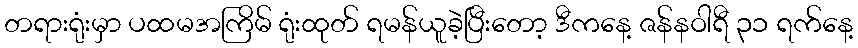
တရားရုံးမှာ ပထမအကြိမ် ရုံးထုတ် ရမန်ယူခဲ့ပြီးတော့ ဒီကနေ့ ဇန်နဝါရီ ၃၁ ရက်နေ့